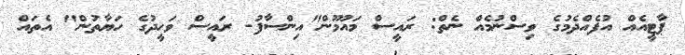
ޕާޓީއެއް އުފެއްދެމުގެ ވިސްނުމެއް ނެތް: ރައީސް މައުމޫން"އިންސާފު- ރައީސް ވަހީދުގެ ހަޔާތުން" އެތަައް